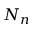
N _ { n }